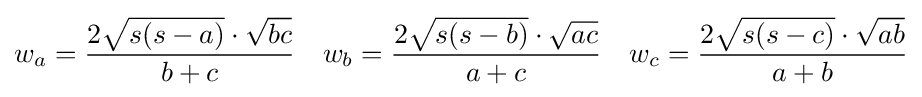
w_{a}={\frac {2{\sqrt {s(s-a)}}\cdot {\sqrt {bc}}}{b+c}}\quad w_{b}={\frac {2{\sqrt {s(s-b)}}\cdot {\sqrt {ac}}}{a+c}}\quad w_{c}={\frac {2{\sqrt {s(s-c)}}\cdot {\sqrt {ab}}}{a+b}}